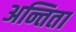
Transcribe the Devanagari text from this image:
अन्तिता